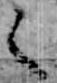
く